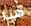
هذا